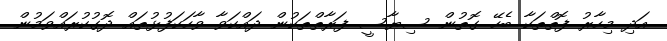
އަދި މިހާރު ފޮތްތަކާ ބެހޭ ގޮތުން ސިޔާސީ ފަރާތްތަކުން ދައްކަވާ ވާހަކަފުޅުތައް ދޮގުކުރައްވަމުން